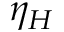
\eta _ { H }